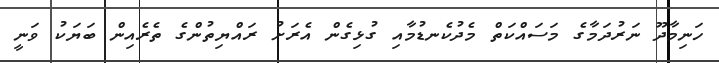
ހަނިމާދޫ ނަރުދަމާގެ މަސައްކަތް މެދުކެނޑުމާއި ގުޅިގެން އެރަށު ރައްޔިތުންގެ ތެރެއިން ބަޔަކު ވަނީ